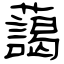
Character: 藹